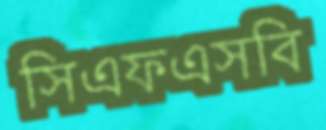
সিএফএসবি